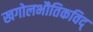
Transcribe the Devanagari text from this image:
खगोलभौतिकविद्